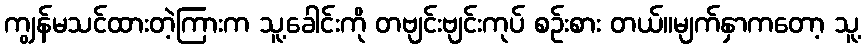
ကျွန်မသင်ထားတဲ့ကြားက သူ့ခေါင်းကို တဗျင်းဗျင်းကုပ် စဉ်းစား တယ်။မျက်နှာကတော့ သူ့